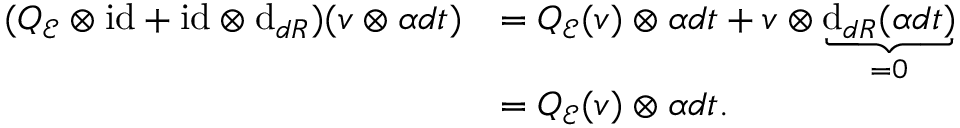
\begin{array} { r l } { ( Q _ { \mathcal { E } } \otimes \mathrm { i d } + \mathrm { i d } \otimes \mathrm { d } _ { { d R } } ) ( v \otimes \alpha d t ) } & { = Q _ { \mathcal { E } } ( v ) \otimes \alpha d t + v \otimes \underbrace { \mathrm { d } _ { d R } ( \alpha d t ) } _ { = 0 } } \\ & { = Q _ { \mathcal { E } } ( v ) \otimes \alpha d t . } \end{array}